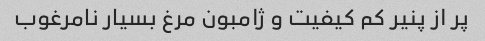
پر از پنیر کم کیفیت و ژامبون مرغ بسیار نامرغوب